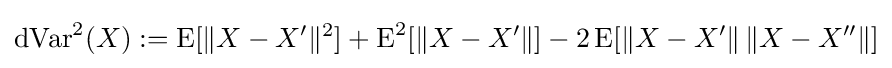
\operatorname {dVar} ^{2}(X):=\operatorname {E} [\|X-X'\|^{2}]+\operatorname {E} ^{2}[\|X-X'\|]-2\operatorname {E} [\|X-X'\|\,\|X-X''\|]